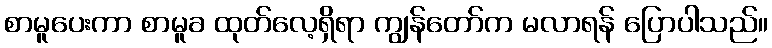
စာမူပေးကာ စာမူခ ထုတ်လေ့ရှိရာ ကျွန်တော်က မလာရန် ပြောပါသည်။